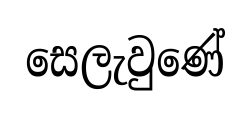
සෙලැවුණේ